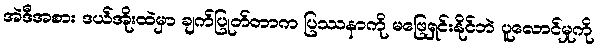
အဲဒီအစား ဒယ်အိုးထဲမှာ ချက်ပြုတ်တာက ပြဿနာကို မဖြေရှင်းနိုင်ဘဲ ပူလောင်မှုကို